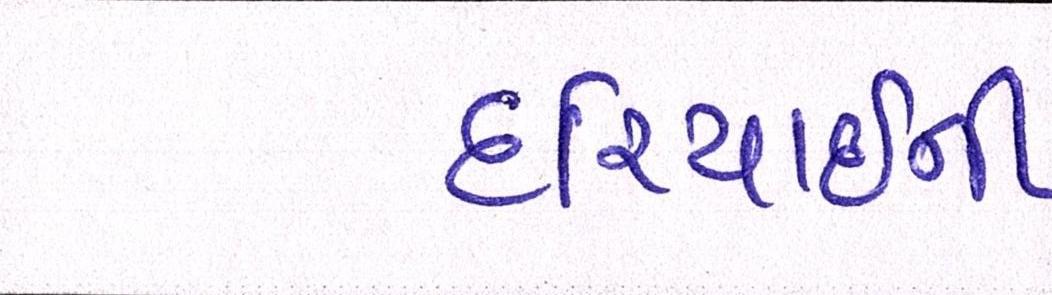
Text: દરિયાઈની